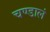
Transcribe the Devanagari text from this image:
चण्डालं